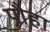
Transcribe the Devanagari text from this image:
पौहा